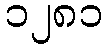
၁၂၈၁